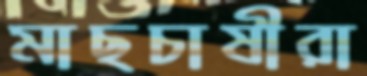
মাছচাষীরা